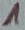
Text: 1